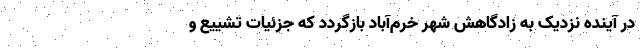
در آینده نزدیک به زادگاهش شهر خرم‌آباد بازگردد که جزئیات تشییع و